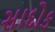
સાદોક